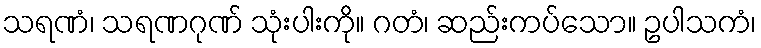
သရဏံ၊ သရဏဂုဏ် သုံးပါးကို။ ဂတံ၊ ဆည်းကပ်သော။ ဥပါသကံ၊